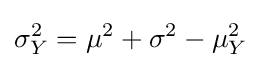
\sigma _{Y}^{2}=\mu ^{2}+\sigma ^{2}-\mu _{Y}^{2}